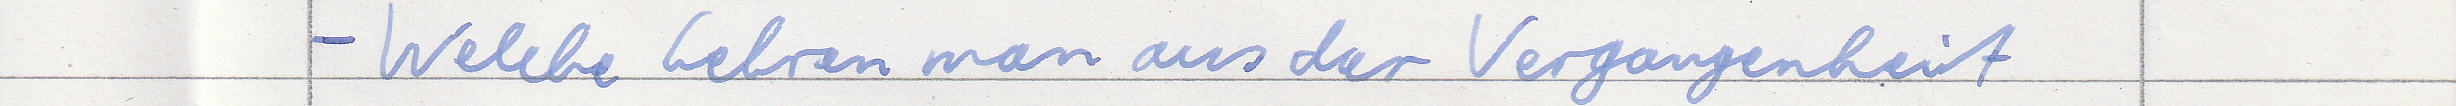
- Welche Lehren man aus der Vergangenheit